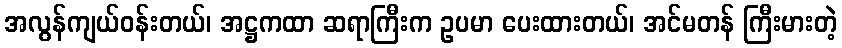
အလွန်ကျယ်ဝန်းတယ်၊ အဋ္ဌကထာ ဆရာကြီးက ဥပမာ ပေးထားတယ်၊ အင်မတန် ကြီးမားတဲ့